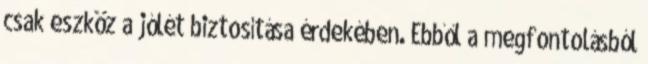
csak eszköz a jólét biztosítása érdekében. Ebből a megfontolásból